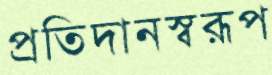
প্রতিদানস্বরূপ